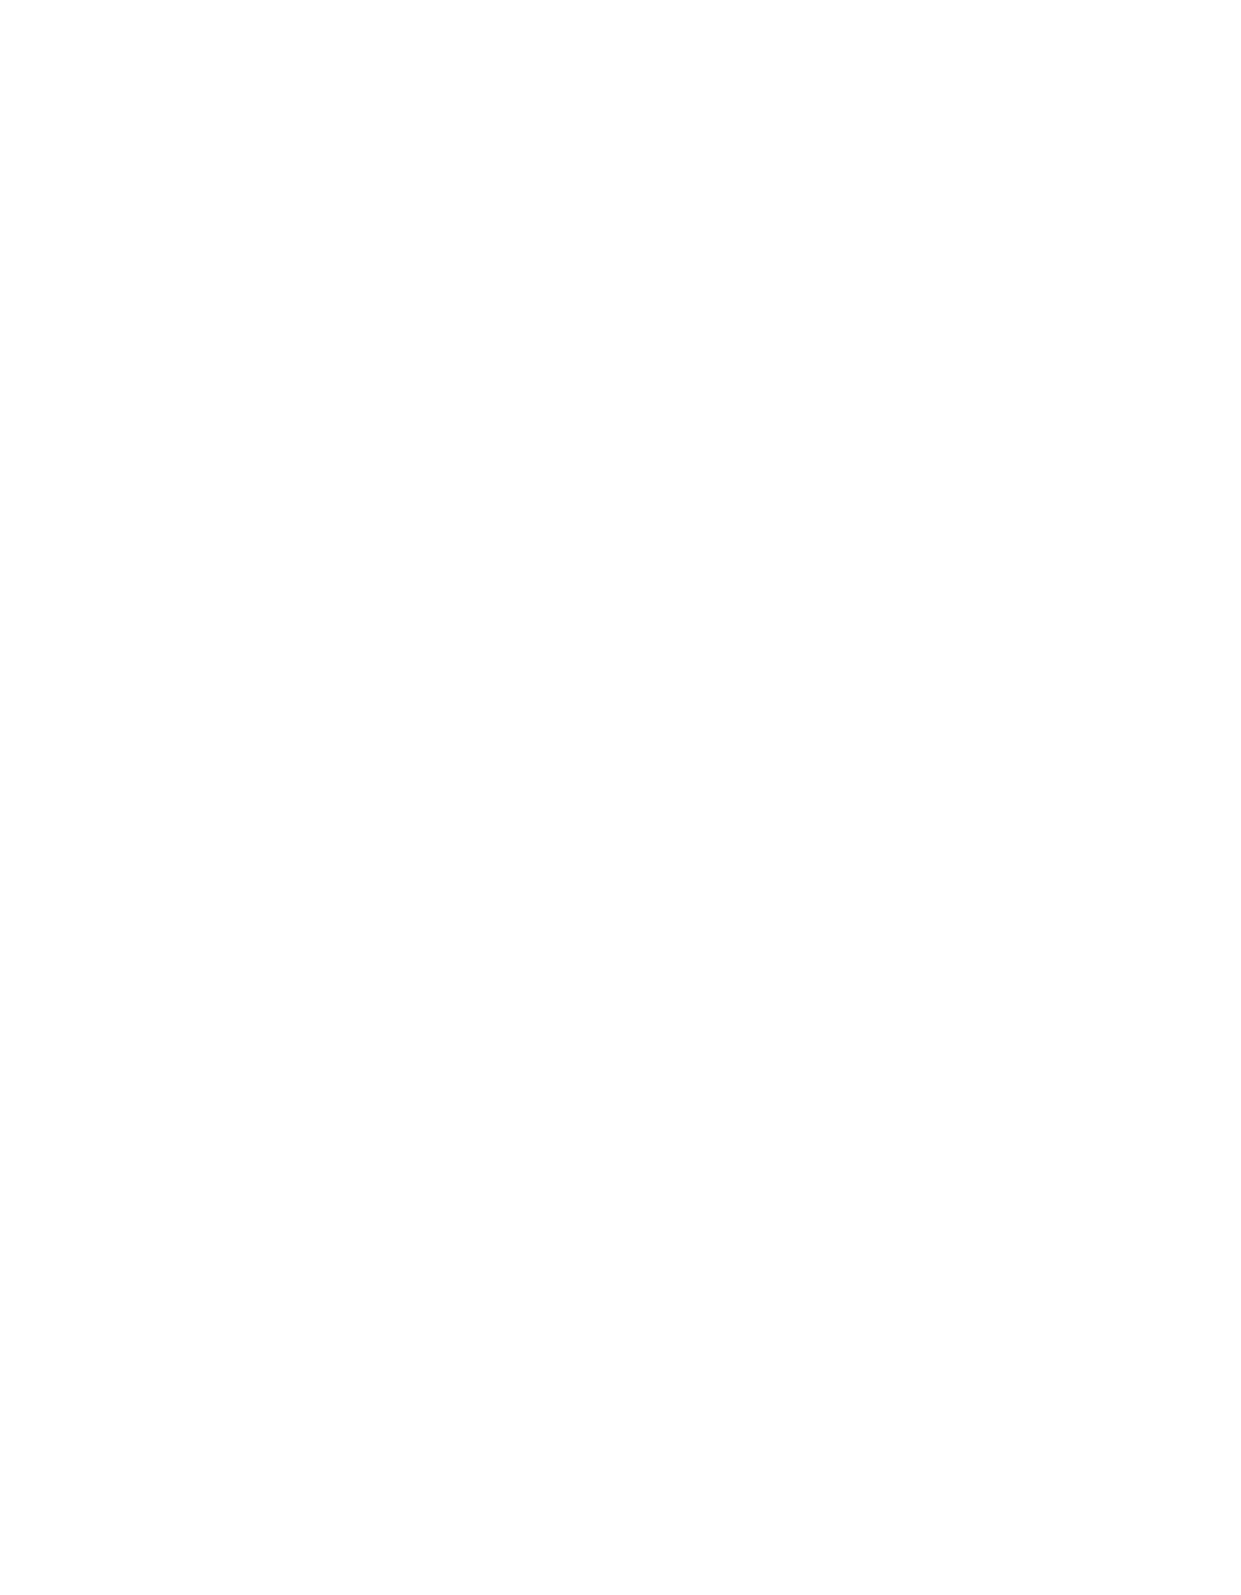
Annual Meeting Iuliu Hațieganu University of Medicine and Pharmacy 2021
 S88                           MEDICINE AND PHARMACY REPORTS 2021 VOL. 94 - Supplement No. 4